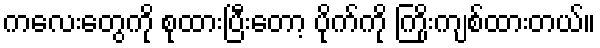
ကလေးတွေကို စုထားပြီးတော့ ပိုက်ကို ကြိုးကျစ်ထားတယ်။